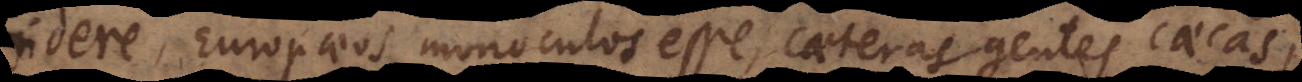
videre, Europaeos monoculos esse, caeteras gentes caecas,